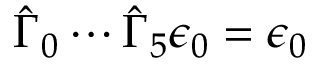
\hat { \Gamma } _ { 0 } \cdots \hat { \Gamma } _ { 5 } \epsilon _ { 0 } = \epsilon _ { 0 }